Vaccination North-Western Provinces 1866-1877 - 1866-1877
Year: 1866
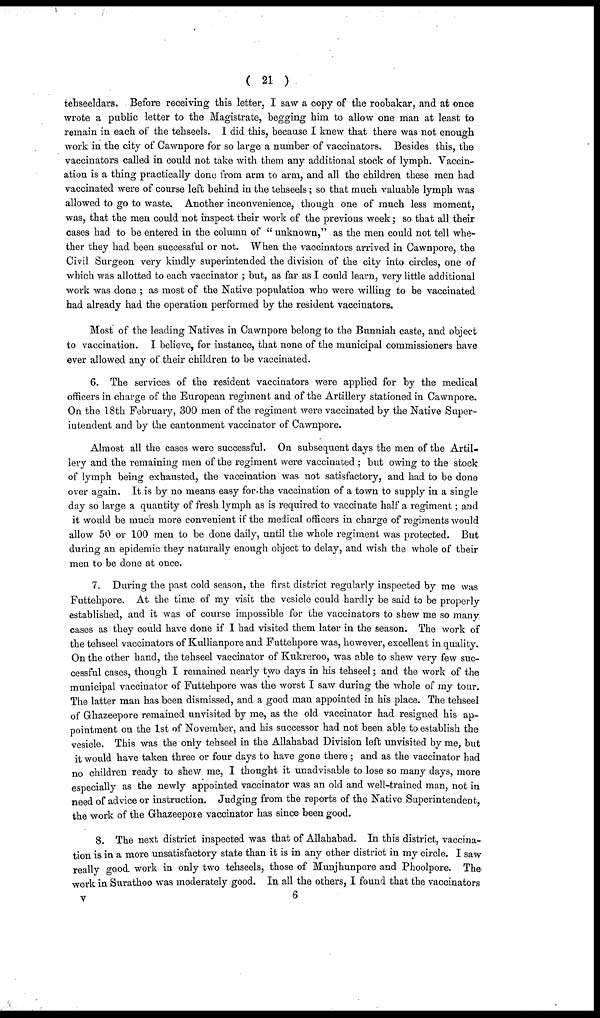
( 21 )
tehseeldars. Before receiving this letter, I saw a copy of the roobakar, and at once
wrote a public letter to the Magistrate, begging him to allow one man at least to
remain in each of the tehseels. I did this, because I knew that there was not enough
work in the city of Cawnpore for so large a number of vaccinators. Besides this, the
vaccinators called in could not take with them any additional stock of lymph. Vaccin-
ation is a thing practically done from arm to arm, and all the children these men had
vaccinated were of course left behind in the tehseels; so that much valuable lymph was
allowed to go to waste. Another inconvenience, though one of much less moment,
was, that the men could not inspect their work of the previous week; so that all their
cases had to be entered in the column of "unknown," as the men could not tell whe-
ther they had been successful or not. When the vaccinators arrived in Cawnpore, the
Civil Surgeon very kindly superintended the division of the city into circles, one of
which was allotted to each vaccinator ; but, as far as I could learn, very little additional
work was done ; as most of the Native population who were willing to be vaccinated
had already had the operation performed by the resident vaccinators.
Most of the leading Natives in Cawnpore belong to the Bunniah caste, and object
to vaccination. I believe, for instance, that none of the municipal commissioners have
ever allowed any of their children to be vaccinated.
6. The services of the resident vaccinators were applied for by the medical
officers in charge of the European regiment and of the Artillery stationed in Cawnpore.
On the 18th February, 300 men of the regiment were vaccinated by the Native Super-
intendent and by the cantonment vaccinator of Cawnpore.
Almost all the cases were successful. On subsequent days the men of the Artil-
lery and the remaining men of the regiment were vaccinated ; but owing to the stock
of lymph being exhausted, the vaccination was not satisfactory, and had to be done
over again. It is by no means easy for the vaccination of a town to supply in a single
day so large a quantity of fresh lymph as is required to vaccinate half a regiment; and
it would be much more convenient if the medical officers in charge of regiments would
allow 50 or 100 men to be done daily, until the whole regiment was protected. But
during an epidemic they naturally enough object to delay, and wish the whole of their
men to be done at once.
7. During the past cold season, the first district regularly inspected by me was
Futtehpore. At the time of my visit the vesicle could hardly be said to be properly
established, and it was of course impossible for the vaccinators to shew me so many
cases as they could have done if I had visited them later in the season. The work of
the tehseel vaccinators of Kullianpore and Futtehpore was, however, excellent in quality.
On the other hand, the tehseel vaccinator of Kukreroo, was able to shew very few suc-
cessful cases, though I remained nearly two days in his tehseel; and the work of the
municipal vaccinator of Futtehpore was the worst I saw during the whole of my tour.
The latter man has been dismissed, and a good man appointed in his place. The tehseel
of Ghazeepore remained unvisited by me, as the old vaccinator had resigned his ap-
pointment on the 1st of November, and his successor had not been able to establish the
vesicle. This was the only tehseel in the Allahabad Division left unvisited by me, but
it would have taken three or four days to have gone there ; and as the vaccinator had
no children ready to shew me, I thought it unadvisable to lose so many days, more
especially as the newly appointed vaccinator was an old and well-trained man, not in
need of advice or instruction. Judging from the reports of the Native Superintendent,
the work of the Ghazeepore vaccinator has since been good.
8. The next district inspected was that of Allahabad. In this district, vaccina-
tion is in a more unsatisfactory state than it is in any other district in my circle. I saw
really good work in only two tehseels, those of Munjhunpore and Phoolpore. The
work in Surathoo was moderately good. In all the others, I found that the vaccinators
v
6